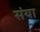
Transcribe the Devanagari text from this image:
संया